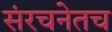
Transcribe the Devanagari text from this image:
संरचनेतच